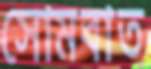
সোমবাত